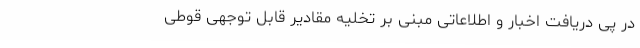
در پی دریافت اخبار و اطلاعاتی مبنی بر تخلیه مقادیر قابل توجهی قوطی